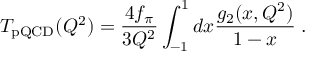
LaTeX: T _ { \mathrm { p Q C D } } ( Q ^ { 2 } ) = { \frac { 4 f _ { \pi } } { 3 Q ^ { 2 } } } \int _ { - 1 } ^ { 1 } d x { \frac { g _ { 2 } ( x , Q ^ { 2 } ) } { 1 - x } } \; .